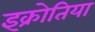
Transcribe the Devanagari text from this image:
इक्रोतिया